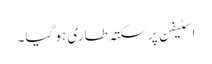
اسٹیفن پر سکتہ طاری ہو گیا۔